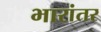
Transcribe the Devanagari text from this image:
भारांतर